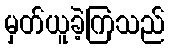
မှတ်ယူခဲ့ကြသည်